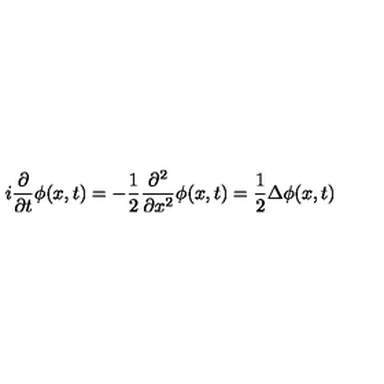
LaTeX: i \frac { \partial } { \partial t } \phi ( x , t ) = - \frac { 1 } { 2 } \frac { \partial ^ { 2 } } { \partial x ^ { 2 } } \phi ( x , t ) = \frac { 1 } { 2 } \Delta \phi ( x , t )